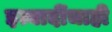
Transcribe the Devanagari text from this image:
इत्यादींचाही